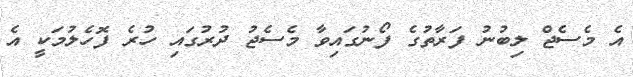
އެ މެސެޖް ލިބުނު ފަރާތުގެ ފޯނުގައިވާ މެސެޖު ދުރުގައި ހުރެ ފޮހެލުމަކީ އެ